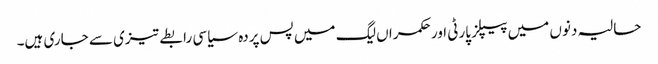
حالیہ دنوں میں پیپلز پارٹی اور حکمراں لیگ میں پس پردہ سیاسی رابطے تیزی سے جاری ہیں۔